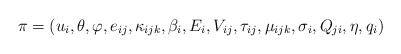
\begin{align*}\pi=(u_{i},\theta,\varphi,e_{ij},\kappa_{ijk},\beta_{i},E_{i},V_{ij},\tau_{ij},\mu_{ijk},\sigma_{i},Q_{ji},\eta,q_{i})\end{align*}